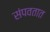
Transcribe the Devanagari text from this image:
संपवतात